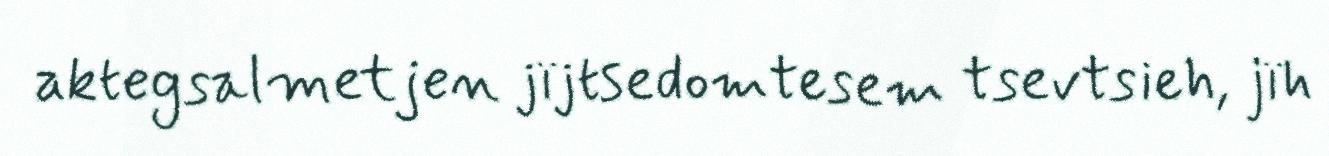
aktegsalmetjen jïjtsedomtesem tsevtsieh, jïh